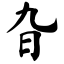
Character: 旮